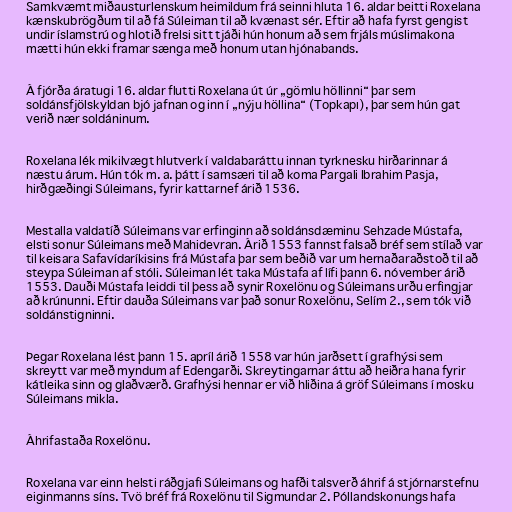
Samkvæmt miðausturlenskum heimildum frá seinni hluta 16. aldar beitti Roxelana
kænskubrögðum til að fá Súleiman til að kvænast sér. Eftir að hafa fyrst gengist
undir íslamstrú og hlotið frelsi sitt tjáði hún honum að sem frjáls múslimakona
mætti hún ekki framar sænga með honum utan hjónabands.

Á fjórða áratugi 16. aldar flutti Roxelana út úr „gömlu höllinni“ þar sem
soldánsfjölskyldan bjó jafnan og inn í „nýju höllina“ (Topkapı), þar sem hún gat
verið nær soldáninum.

Roxelana lék mikilvægt hlutverk í valdabaráttu innan tyrknesku hirðarinnar á
næstu árum. Hún tók m. a. þátt í samsæri til að koma Pargali Ibrahim Pasja,
hirðgæðingi Súleimans, fyrir kattarnef árið 1536.

Mestalla valdatíð Súleimans var erfinginn að soldánsdæminu Sehzade Mústafa,
elsti sonur Súleimans með Mahidevran. Árið 1553 fannst falsað bréf sem stílað var
til keisara Safavídaríkisins frá Mústafa þar sem beðið var um hernaðaraðstoð til að
steypa Súleiman af stóli. Súleiman lét taka Mústafa af lífi þann 6. nóvember árið
1553. Dauði Mústafa leiddi til þess að synir Roxelönu og Súleimans urðu erfingjar
að krúnunni. Eftir dauða Súleimans var það sonur Roxelönu, Selím 2., sem tók við
soldánstigninni.

Þegar Roxelana lést þann 15. apríl árið 1558 var hún jarðsett í grafhýsi sem
skreytt var með myndum af Edengarði. Skreytingarnar áttu að heiðra hana fyrir
kátleika sinn og glaðværð. Grafhýsi hennar er við hliðina á gröf Súleimans í mosku
Súleimans mikla.

Áhrifastaða Roxelönu.

Roxelana var einn helsti ráðgjafi Súleimans og hafði talsverð áhrif á stjórnarstefnu
eiginmanns síns. Tvö bréf frá Roxelönu til Sigmundar 2. Póllandskonungs hafa